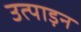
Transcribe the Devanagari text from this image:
उत्पाड़न